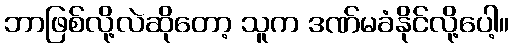
ဘာဖြစ်လို့လဲဆိုတော့ သူက ဒဏ်မခံနိုင်လို့ပေါ့။